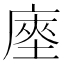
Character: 𢊃